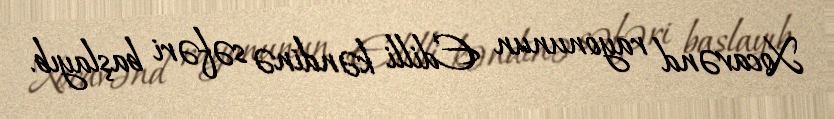
Xocavənd rayonunun Edilli kəndinə səfəri başlayıb.